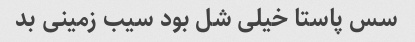
سس پاستا خیلی شل بود سیب زمینی بد